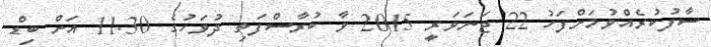
ސާފުކުރެއްވުމަށްފަހު 22 ޖަނަވަރީ 2015 ވާ ބުރާސްފަތި ދުވަހުގެ 11.30 އަށް ބިޑް